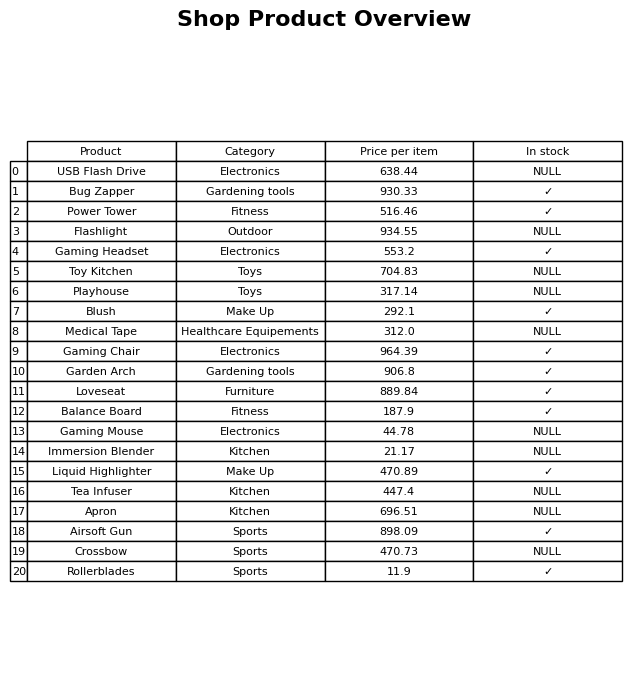
question: What is the price of the Toy Kitchen?
answer: The price of Toy Kitchen is 704.83.